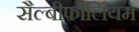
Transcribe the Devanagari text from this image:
सैल्बीफोलियम